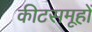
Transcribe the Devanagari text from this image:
कीटसमूहों